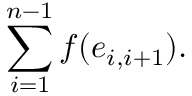
\sum _ { i = 1 } ^ { n - 1 } f ( e _ { i , i + 1 } ) .